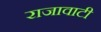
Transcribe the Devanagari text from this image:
राजावाटी